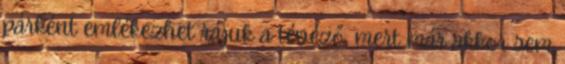
párként emlékezhet rájuk a tévéző, mert már akkor sem